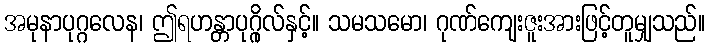
အမုနာပုဂ္ဂလေန၊ ဤရဟန္တာပုဂ္ဂိုလ်နှင့်။ သမသမော၊ ဂုဏ်ကျေးဇူးအားဖြင့်တူမျှသည်။